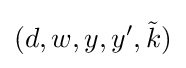
(d,w,y,y',{\tilde {k}})